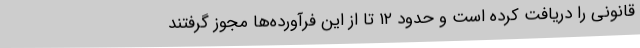
قانونی را دریافت کرده است و حدود ۱۲ تا از این فرآورده‌ها مجوز گرفتند